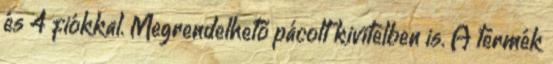
és 4 fiókkal. Megrendelhető pácolt kivitelben is. A termék